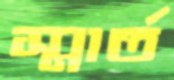
স্মার্ত